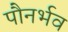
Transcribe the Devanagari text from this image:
पौनर्भव